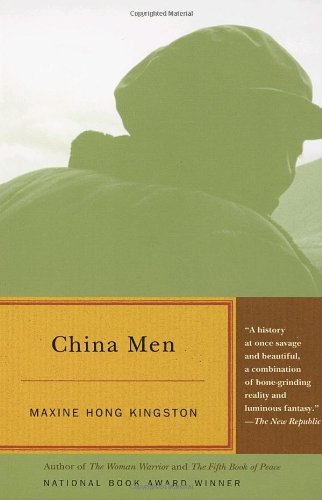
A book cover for China Men; Maxine Hong Kingston; Literature & Fiction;